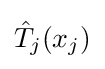
{\hat {T}}_{j}(x_{j})